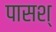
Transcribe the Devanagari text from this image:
पासश्